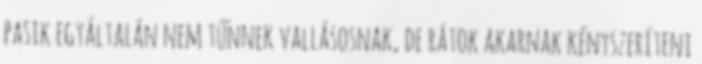
pasik egyáltalán nem tűnnek vallásosnak, de rátok akarnak kényszeríteni